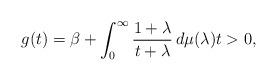
LaTeX: \begin{align*}g(t)=\beta+\int_0^\infty \frac{1+\lambda}{t+\lambda}\,d\mu(\lambda)t>0,\end{align*}